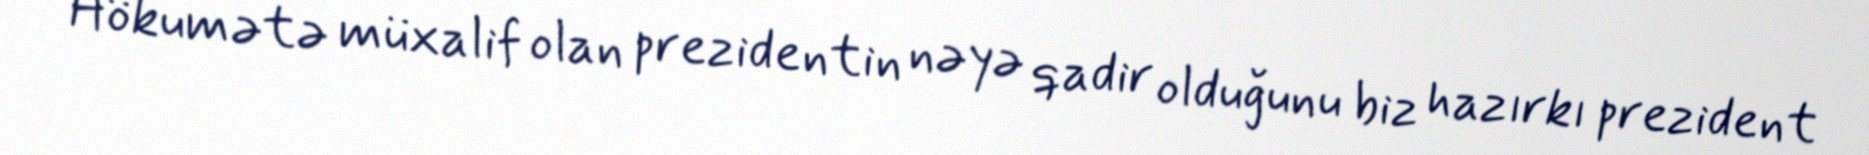
Hökumətə müxalif olan prezidentin nəyə qadir olduğunu biz hazırkı prezident